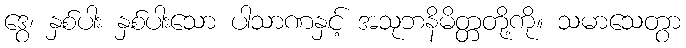
ဒွေ၊ နှစ်ပါး နှစ်ပါးသော ပါသာဏနှင့် အသုဘနိမိတ္တတို့ကို။ သမာသေတွာ